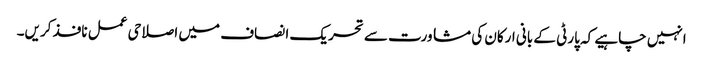
انہیں چاہیے کہ پارٹی کے بانی ارکان کی مشاورت سے تحریک ا نصاف میں اصلاحی عمل نافذ کریں۔